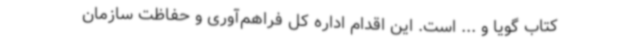
کتاب گویا و ... است. این اقدام اداره کل فراهم‌آوری و حفاظت سازمان